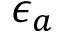
\epsilon _ { a }